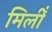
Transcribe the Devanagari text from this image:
मिलीँ